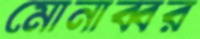
মোনাব্বর